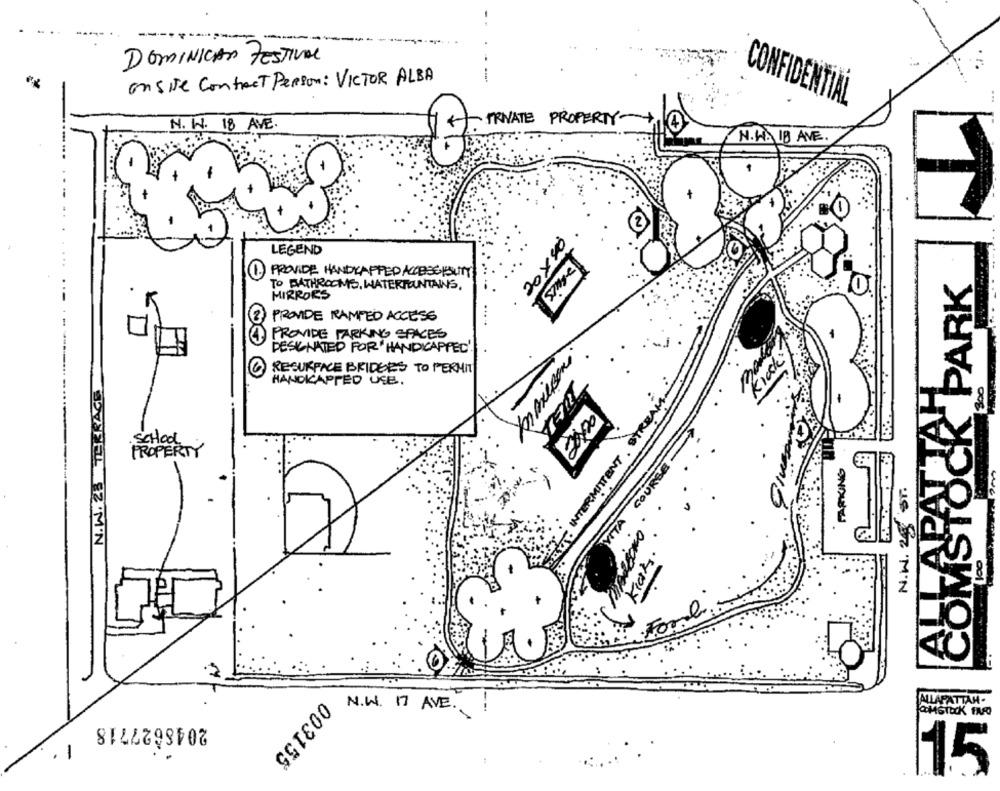
-
DOMINICAN FESTIVAL
onsite Contact Person: VICTOR ALBA
CONFIDENTIAL
N. W. 18 AVE.
PRIVATE PROPERTY-
N. W. 18 AVE.
20×50
LEGEND
Stage
PROVIDE HANDICAPPED ACCESS ISUTY
COMSTOCK PARK
TO BATHROOMS, WATERMOUNTAINS,
MIRRORS
PROVIDE RAMPED ACCESS
PROVIDE PARKING SPACES
DESIGNATED FOR HANDICAPPED!
RESURFACE BRIDGES TO PERMIT
N.W. 28 THERACE
300
HANDICAPPED USE.
REAM-
LAPATTA
2200
PARKING
N.W. 25 sr.
INTE
N.W. 17 AVE.
ALLAPATTAM.
2048627718
1
003155
15